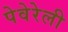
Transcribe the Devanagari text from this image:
पेवेरेली